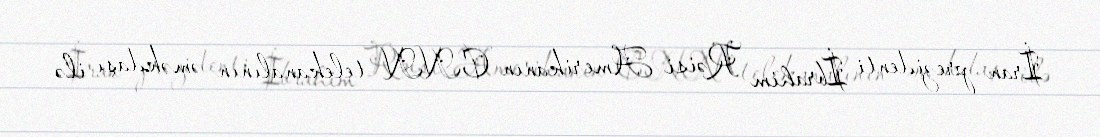
İran prezidenti İbrahim Rəisi Amerikanın CNN telekanalının əməkdaşı ilə